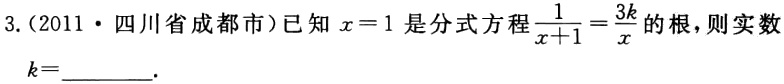
3.(2011·四川省成都市)已知\(x = 1\)是分式方程\(\frac{1}{x + 1}=\frac{3k}{x}\)的根，则实数\(k =\)________.